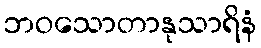
ဘဝသောတာနုသာရိနံ